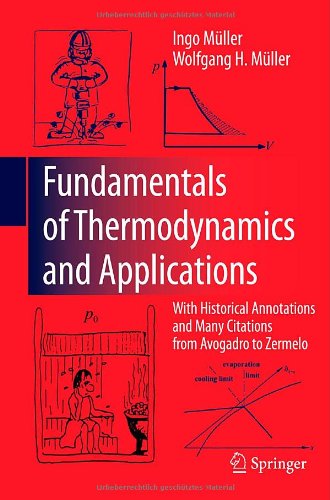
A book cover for Fundamentals of Thermodynamics and Applications: With Historical Annotations and Many Citations from Avogadro to Zermelo; Ingo MÃ¼ller; Science & Math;